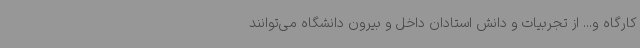
کارگاه و... از تجربیات و دانش استادان داخل و بیرون دانشگاه می‌توانند